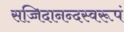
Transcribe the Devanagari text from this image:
सच्चिदानन्दस्वरूपं